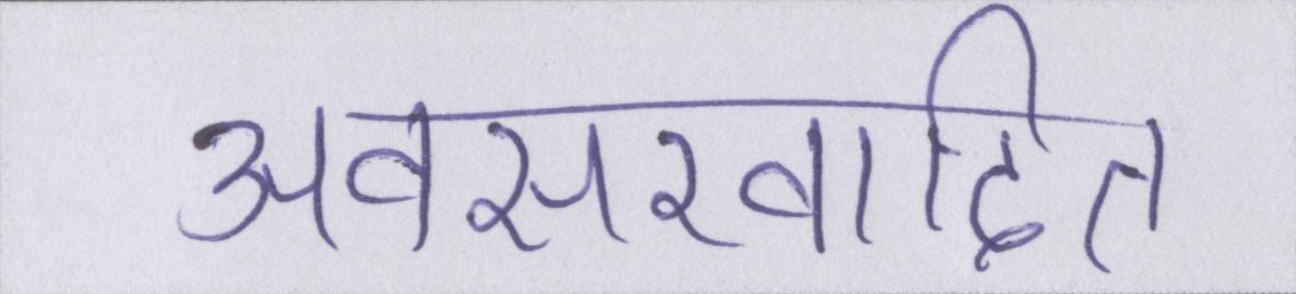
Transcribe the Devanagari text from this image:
अवसरवादित